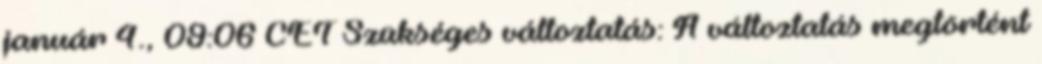
január 4., 09:06 CET Szükséges változtatás: A változtatás megtörtént